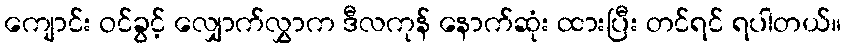
ကျောင်း ဝင်ခွင့် လျှောက်လွှာက ဒီလကုန် နောက်ဆုံး ထားပြီး တင်ရင် ရပါတယ်။